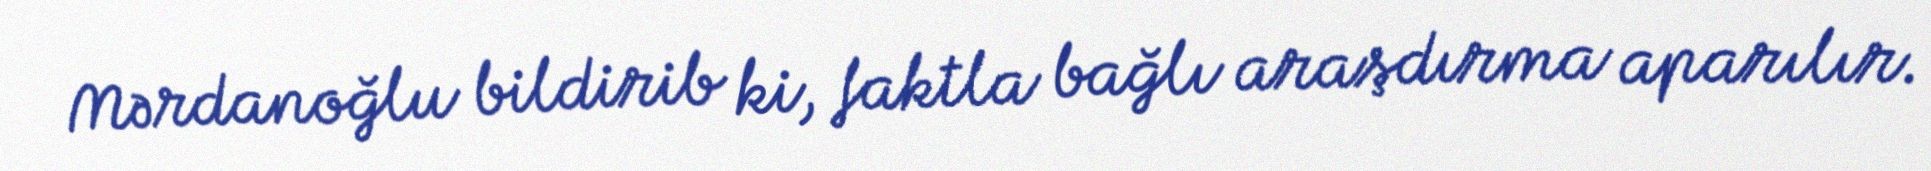
Mərdanoğlu bildirib ki, faktla bağlı araşdırma aparılır.